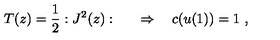
T ( z ) = { \frac { 1 } { 2 } } : J ^ { 2 } ( z ) : \qquad \Rightarrow \quad c ( u ( 1 ) ) = 1 \ ,